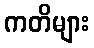
ကတိများ